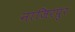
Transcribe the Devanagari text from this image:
नाजिरपुर